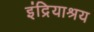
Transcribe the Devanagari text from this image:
इंद्रियाश्रय